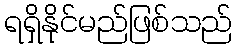
ရရှိနိုင်မည်ဖြစ်သည်